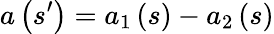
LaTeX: a\left(s^{\prime}\right)=a_{1}\left(s\right)-a_{2}\left(s\right)